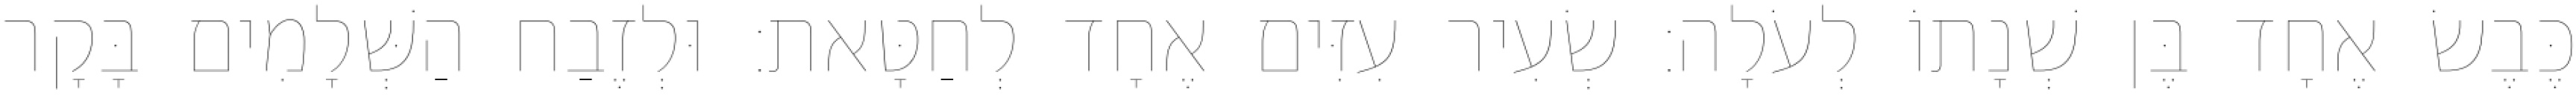
כֶּבֶשׂ אֶחָד בֶּן שְׁנָתוֹ לְעֹלָה׃ שְׂעִיר עִזִּים אֶחָד לְחַטָּאת׃ וּלְזֶבַח הַשְּׁלָמִים בָּקָר